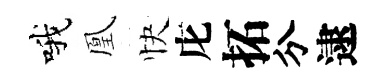
哦凰快庀拓分逮